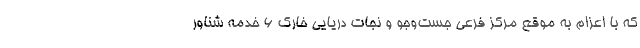
که با اعزام به موقع مرکز فرعی جست‌وجو و نجات دریایی خارک ۶ خدمه شناور